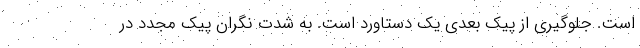
است. جلوگیری از پیک بعدی یک دستاورد است. به شدت نگران پیک مجدد در